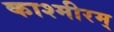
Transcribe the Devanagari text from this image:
काश्मीरम्